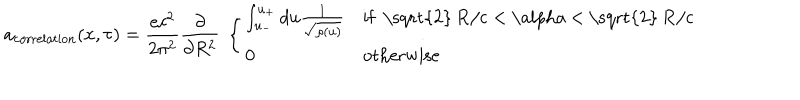
a _ { \mathrm { c o r r e l a t i o n } } ( x , \tau ) = \frac { e c ^ { 2 } } { 2 \pi ^ { 2 } } \frac { \partial } { \partial R ^ { 2 } } \ \left\{ \begin{array} { l l } { { \int _ { u _ { - } } ^ { u _ { + } } d u \frac { 1 } { \sqrt { \rho ( u ) } } } } & { { \mathrm { i f ~ \sqrt { 2 } ~ R / c ~ < ~ \ a l p h a ~ < ~ \sqrt { 2 } ~ R / c ~ } } } \\ { { 0 } } & { { \mathrm { o t h e r w i s e } } } \\ \end{array} \right.